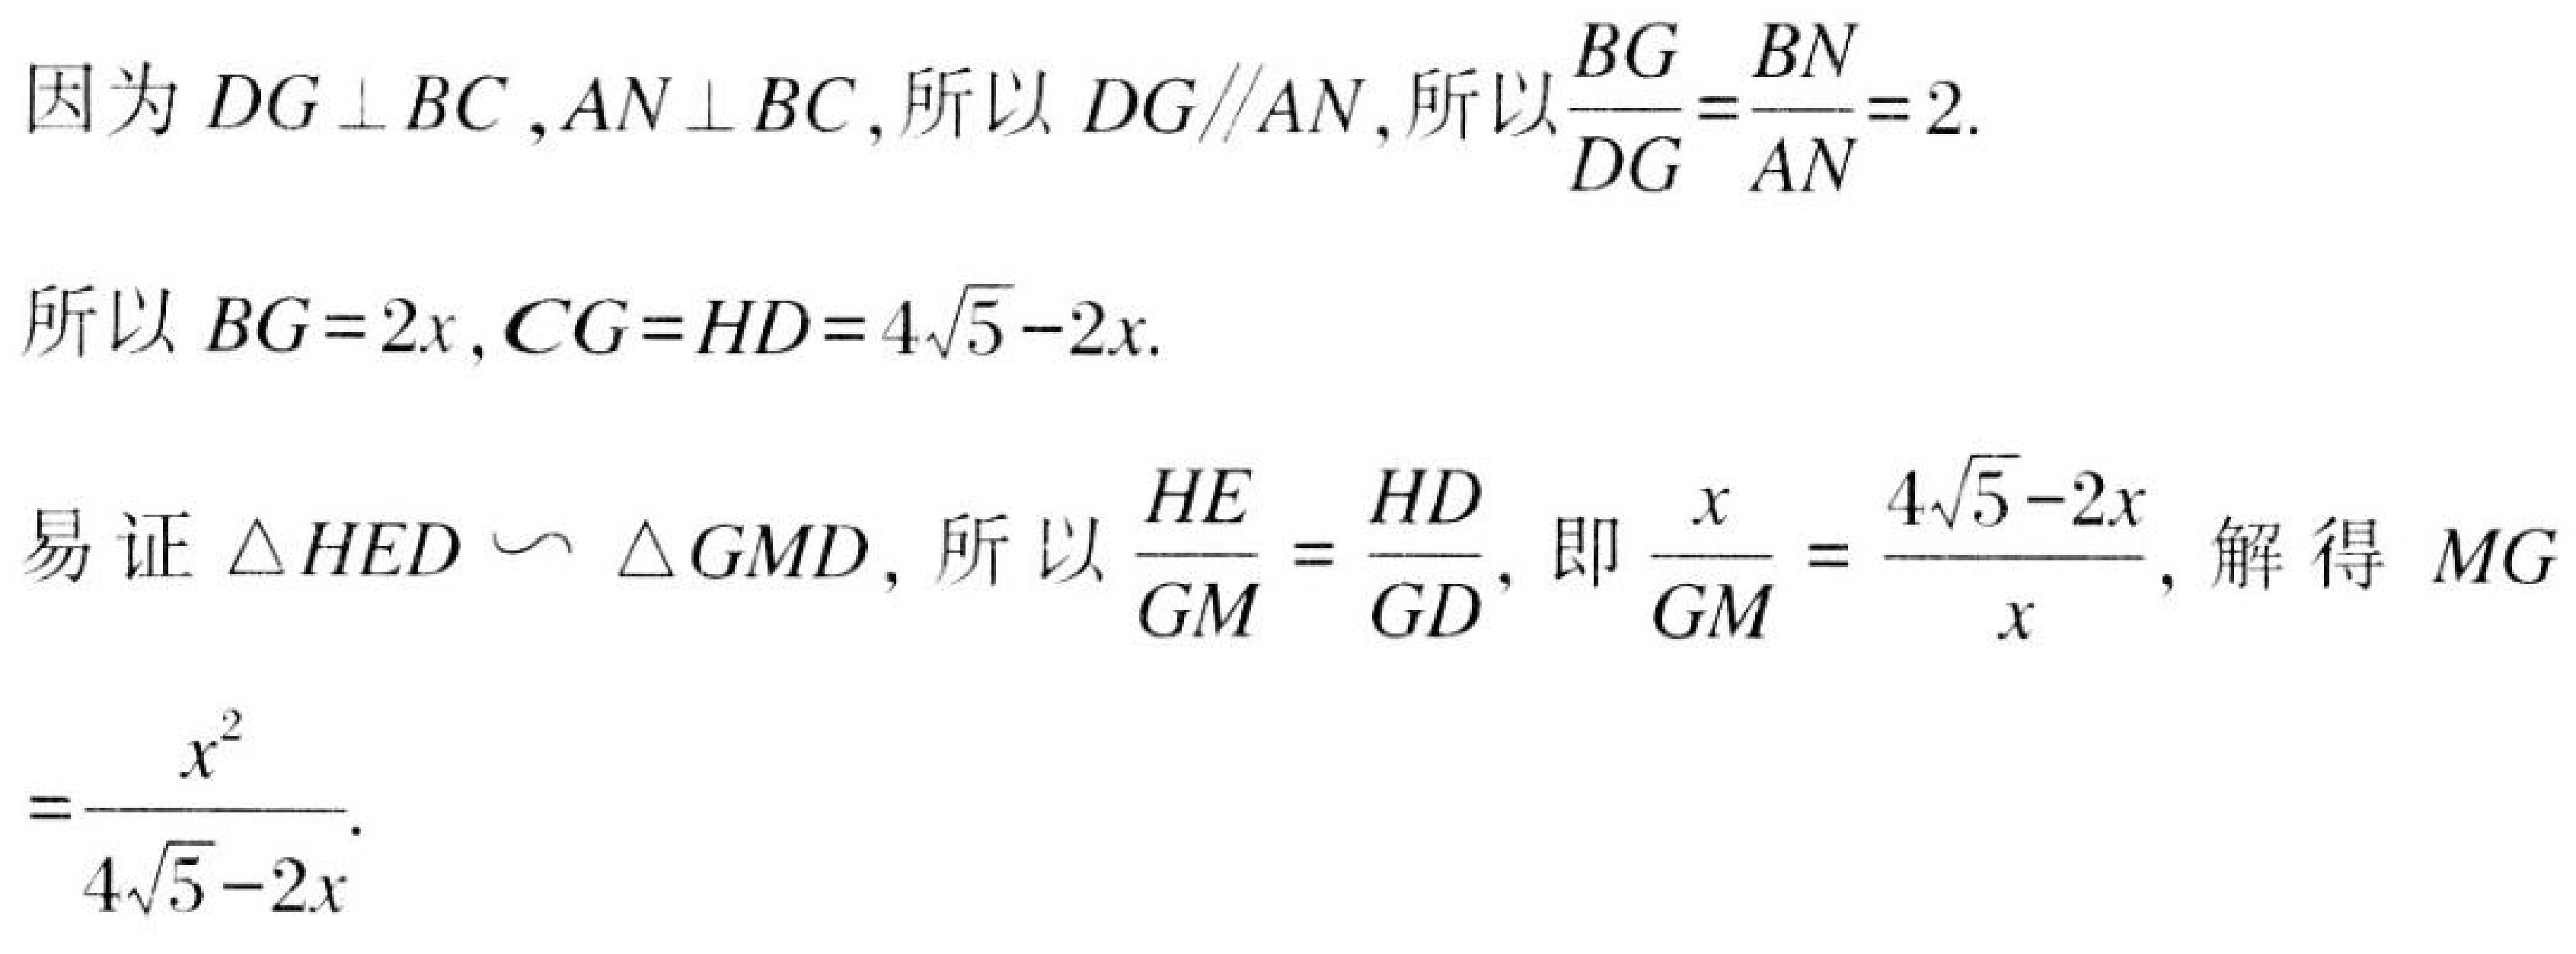
因为\(DG\perp BC,AN\perp BC\), 所以 \(DG\parallel AN\), 所以\(\frac{BG}{DG}=\frac{BN}{AN}=2.\)
所以 \(BG = 2x,CG = HD = 4\sqrt{5}-2x.\)
易证 \(\triangle HED\sim\triangle GMD\), 所以 \(\frac{HE}{GM}=\frac{HD}{GD}\), 即\(\frac{x}{GM}=\frac{4\sqrt{5}-2x}{x}\), 解得 \(MG=\frac{x^{2}}{4\sqrt{5}-2x}.\)